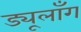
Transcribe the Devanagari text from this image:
ड्यूलाँग